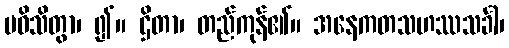
ပဝိသိတွာ၊ ၍။ ဌိတာ၊ တည်ကုန်၏။ အနေကတသဟဿသင်္ခါ၊